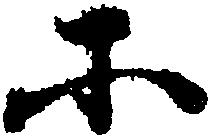
所